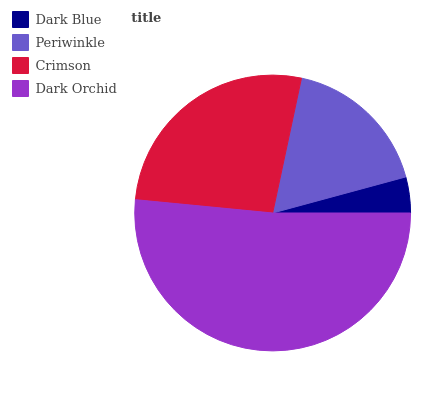
| Dark Blue | Periwinkle | Crimson | Dark Orchid |
 | --- | --- | --- | --- |
 | 4.2% | 17.5% | 26.7% | 51.6% |